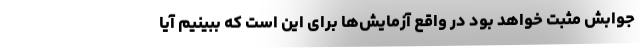
جوابش مثبت خواهد بود در واقع آزمایش‌ها برای این است که ببینیم آیا